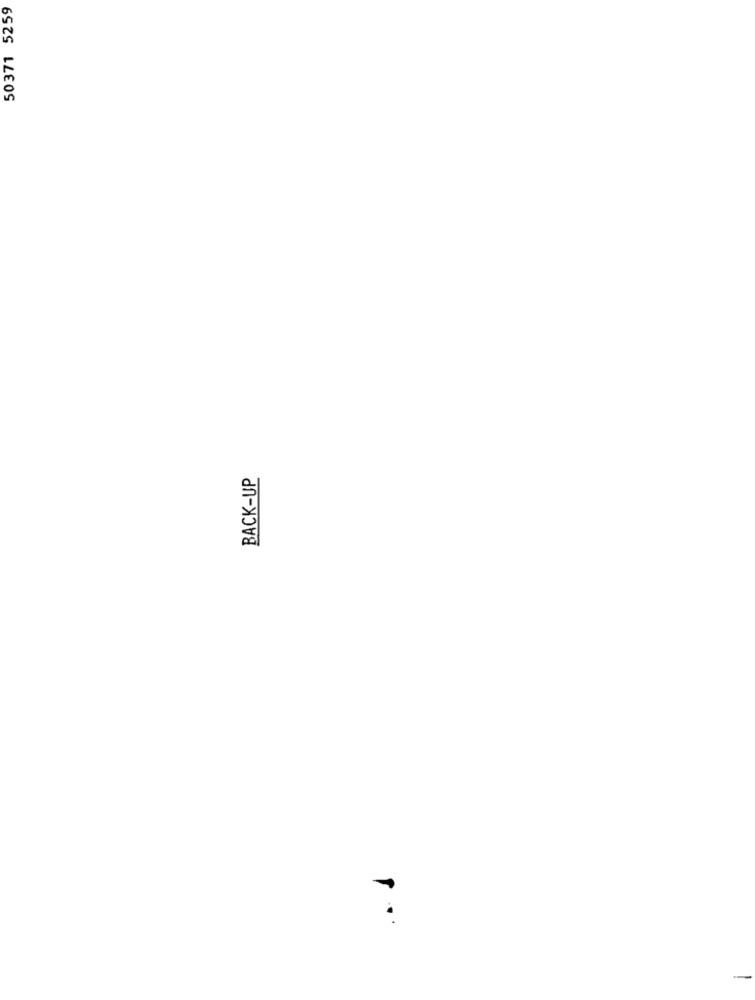
50371 5259
BACK-UP